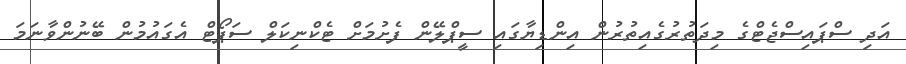
އަދި ސްޕައިސްޖެޓްގެ މިދަތުރުގެއިތުރުން އިންޑިޔާގައި ސީޕްލޭން ފެށުމަށް ޓެކްނިކަލް ސަޕޯޓް އެގައުމުން ބޭނުންވާނަމަ